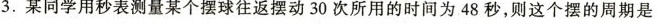
3.某同学用秒表测量某个摆球往返摆动30次所用的时间为48秒，则这个摆的周期是